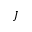
J